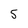
Character: 5